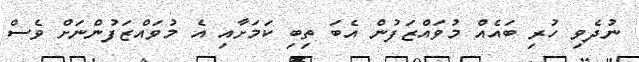
ނުދެވި ހުރި ބައެއް މުވައްޒަފުން އެބަ ތިބި ކަމަށާއި އެ މުވައްޒަފުންނަށް ވެސް